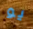
يو